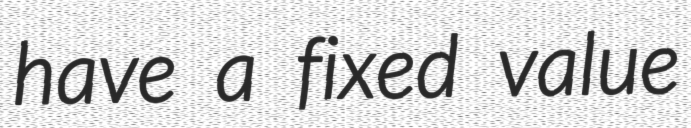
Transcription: have a fixed value